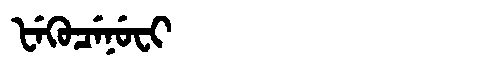
Manchu: ᡶᡝᡴᡠᠴᡝᠨᡠᠸᡳ
Romanization: FEKUCENUFI